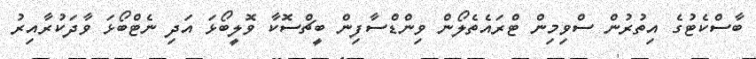
ބާސްކެޓުގެ އިތުރުން ސްވިމިން ޓްރައެތެލޯން ވިންޑްސާފިން ބީޗްސޮކާ ވޮލީބޯޅަ އަދި ނެޓްބޯޅަ ވާދަކުރާއިރު